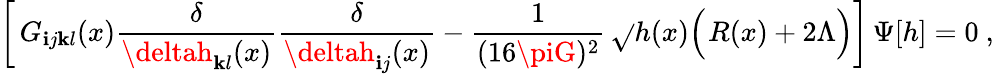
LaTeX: \biggl[\, G_{\mathbf{i}j\mathbf{k}l}(x)\frac{{\delta}}{{\deltah_{\mathbf{k}l}(x)}}\frac{{\delta}}{{\deltah_{\mathbf{i}j}(x)}}-\frac{{1}}{{(16\piG)^{2}}}\, \sqrt{}{{h(x)}}\Bigl(\! ~R(x)+2\Lambda\Bigr)\biggr]\, \Psi[h]=0\ ,